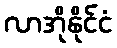
လာအိုနိုင်ငံ